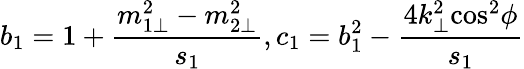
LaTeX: b_{1}=1+\frac{m_{1\bot}^{2}-m_{2\bot}^{2}}{s_{1}},c_{1}=b_{1}^{2}-\frac{4{k}_{\bot}^{2}{\cos}^{2}\phi}{s_{1}}